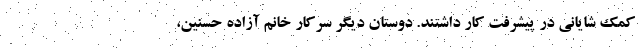
کمک شایانی در پیشرفت کار داشتند. دوستان دیگر سرکار خانم آزاده حسنین،